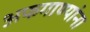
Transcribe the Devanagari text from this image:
अफगाण्यांना